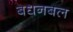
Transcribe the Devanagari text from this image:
बधनबल